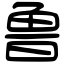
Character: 鲁